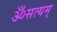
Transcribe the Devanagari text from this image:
ॐसत्यम्